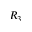
R _ { 3 }